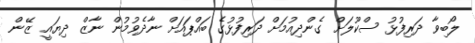
ލޯބިވާ ދަރިފުޅު ސްކޫލަށް ގެންދިއުމަށް ދަރިފުޅުގެ ބައްޕައަށް ނާދެވުމުން ނާޒް ދިޔައީ ޒޭން